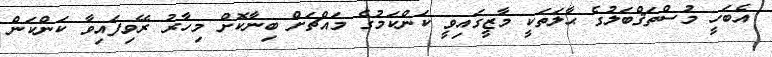
އެބަހީ މުސްތަޤްބަލުގެ ޙާލަތަކީ މާޒީގައިވީ ކަންކަމުގެ މައްޗަށް ބިނާކޮށް މިހާރު ރޭވިފައިވާ ކަންކަން